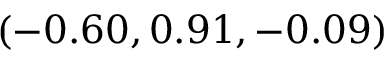
( - 0 . 6 0 , 0 . 9 1 , - 0 . 0 9 )